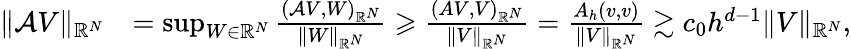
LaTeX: \begin{array}{rl}{\| \mathcal{A}V\| _{\mathbb{R}^{N}}}&{=\operatorname*{sup}_{W\in\mathbb{R}^{N}}\frac{(\mathcal{A}V,W)_{\mathbb{R}^{N}}}{\| W\| _{\mathbb{R}^{N}}}\geqslant\frac{(AV,V)_{\mathbb{R}^{N}}}{\| V\| _{\mathbb{R}^{N}}}=\frac{A_{h}(v,v)}{\| V\| _{\mathbb{R}^{N}}}\gtrsim c_{0}h^{d-1}\| V\| _{\mathbb{R}^{N}},}\end{array}